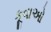
કૂવાઓ